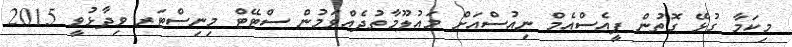
މިކަމާ ގުޅޭ ގޮތުން ޕީއެސްއެމް ނިއުސްއަށް މައުލޫމާތުދެއްވަމުން ސްޓޭޓް މިނިސްޓަރ ވިދާޅުވީ 2015